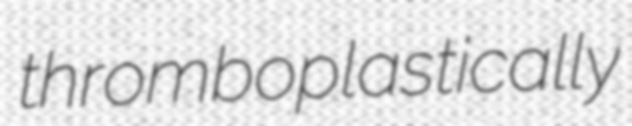
thromboplastically